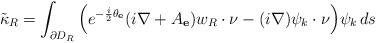
LaTeX: \begin{align*}\tilde\kappa_R=\int_{\partial D_R}\Big(e^{-\frac i2 \theta_{\mathbf e}} (i\nabla+A_{\mathbf e})w_R\cdot\nu- (i\nabla) \psi_k\cdot\nu\Big)\psi_k\,ds\end{align*}